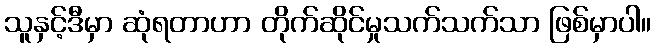
သူနှင့်ဒီမှာ ဆုံရတာဟာ တိုက်ဆိုင်မှုသက်သက်သာ ဖြစ်မှာပါ။